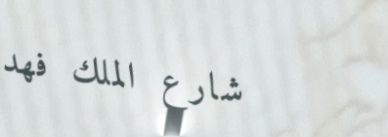
شارع الملك فهد